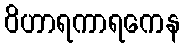
ဝိဟာရကာရကေန